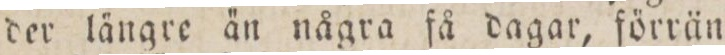
der längre än några få dagar, förrän